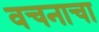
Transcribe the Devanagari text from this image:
वचनाचा